Scottish Certificate of Education, 1963
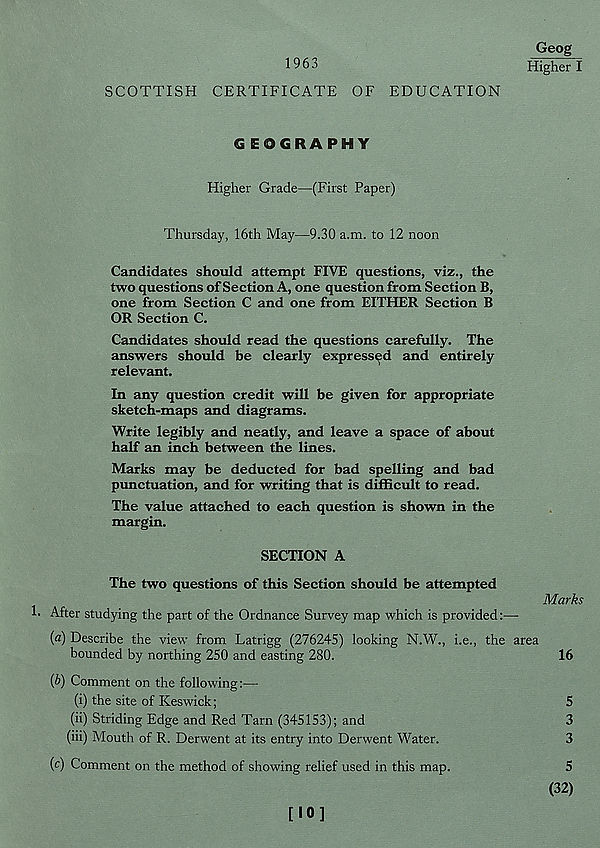
1963
Geog
Higher I
SCOTTISH CERTIFICATE OF EDUCATION
GEOGRAPHY
Higher Grade—(First Paper)
Thursday, 16th May—9.30 a.m. to 12 noon
Candidates should attempt FIVE questions, viz., the
two questions of Section A, one question from Section B,
one from Section C and one from EITHER Section B
OR Section C.
Candidates should read the questions carefully. The
answers should be clearly expressed and entirely
relevant.
In any question credit will be given for appropriate
sketch-maps and diagrams.
Write legibly and neatly, and leave a space of about
half an inch between the lines.
Marks may be deducted for bad spelling and bad
punctuation, and for writing that is difficult to read.
The value attached to each question is shown in the
margin.
SECTION A
The two questions of this Section should be attempted
1. After studying the part of the Ordnance Survey map which is provided
(a) Describe the view from Latrigg (276245) looking N.W., i.e., the area
bounded by northing 250 and easting 280.
Marks
16
{b) Comment on the following:—
(i) the site of Keswick;
5
(ii) Striding Edge and Red Tarn (345153); and
3
(iii) Mouth of R. Derwent at its entry into Derwent Water.
3
(c) Comment on the method of showing relief used in this map.
[10]
5
(32)